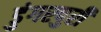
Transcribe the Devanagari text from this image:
डुंगरपुरी